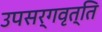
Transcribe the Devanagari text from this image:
उपसर्गवृत्ति